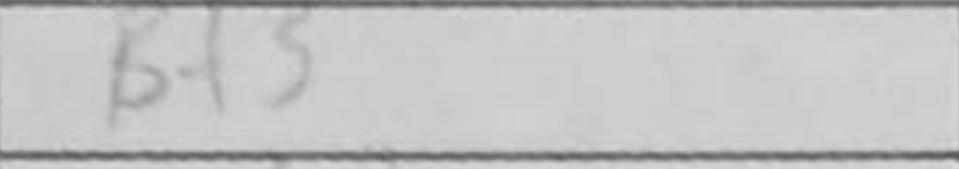
Transcription: Bf5